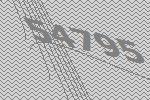
54795